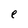
Character: e